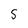
Character: S